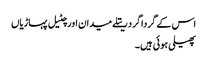
اس کے گردا گرد ریتلے میدان اور چٹیل پہاڑیاں
پھیلی ہوئی ہیں ۔